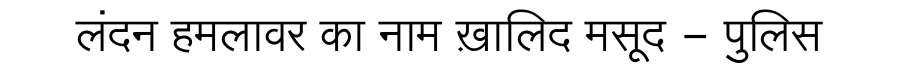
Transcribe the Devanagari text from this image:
लंदन हमलावर का नाम ख़ालिद मसूद - पुलिस